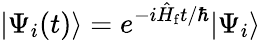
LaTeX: |\Psi_{i}(t)\rangle=e^{-i\hat{H}_{\mathrm{f}}t/\hbar}|\Psi_{i}\rangle